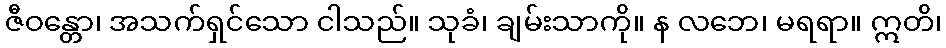
ဇီဝန္တော၊ အသက်ရှင်သော ငါသည်။ သုခံ၊ ချမ်းသာကို။ န လဘေ၊ မရရာ။ ဣတိ၊